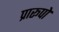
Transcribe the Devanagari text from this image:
प्रारूपो